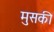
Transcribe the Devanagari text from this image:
मुसकी